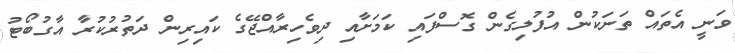
ވަނީ އެތައް ތަނަކުން އުފުލިގެން ގޮސްފައި ކަމަށާއި ދިވެހިރާއްޖޭގެ ކައިރިން ދަތުރުކުރާ އާގުބޯޓު